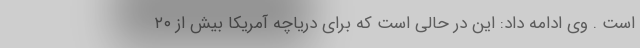
است . وی ادامه داد: این در حالی است که برای دریاچه آمریکا بیش از ۲۰